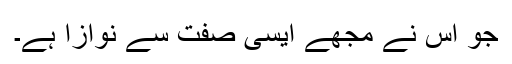
جو اس نے مجھے ایسی صفت سے نوازا ہے۔